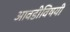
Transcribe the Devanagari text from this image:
आवडीविषयी